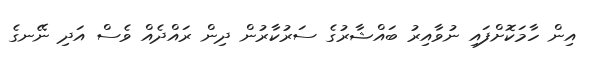
އިން ހާމަކޮށްފައި ނުވާއިރު ބައްޝާރުގެ ސަރުކާރުން ދިން ރައްދެއް ވެސް އަދި ނޭނގެ